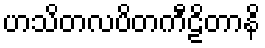
ဟသိတလပိတကီဠိတာနိ